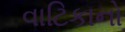
વાટિકાનો